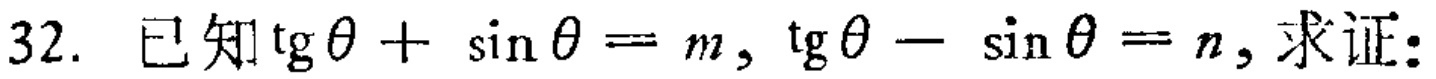
已知\(\tan\theta + \sin\theta = m\)，\(\tan\theta - \sin\theta = n\)，求证：